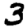
Digit: 3